Report on the working of the Ranchi Indian Mental Hospital, Kanke, in Bihar and Orissa - 1930-1940
Year: 1930
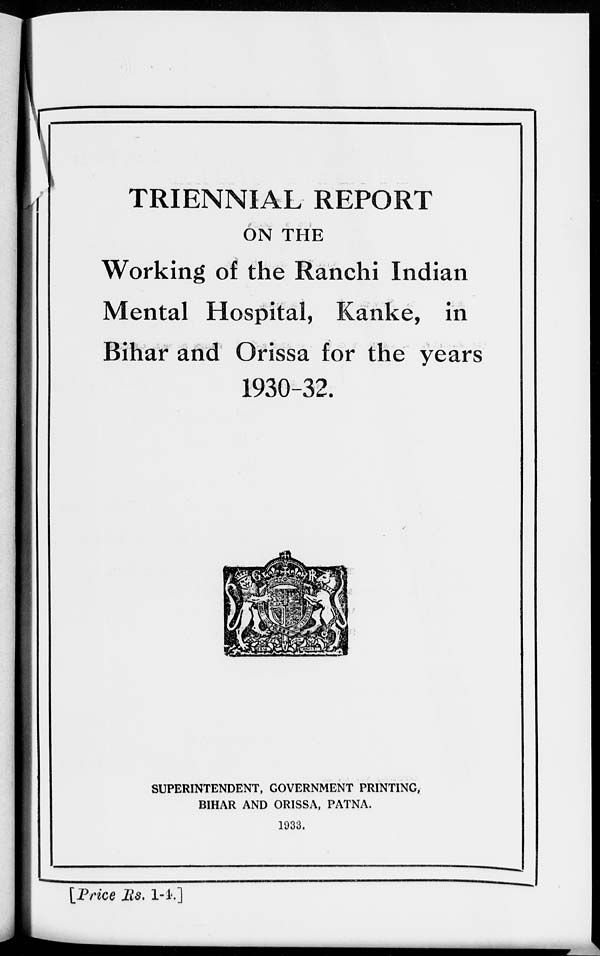
TRIENNIAL REPORT
ON THE
Working of the Ranchi Indian
Mental Hospital, Kanke, in
Bihar and Orissa for the years
1930-32.
SUPERINTENDENT, GOVERNMENT PRINTING,
BIHAR AND ORISSA, PATNA.
1933.
[Price Rs. 1-4.]